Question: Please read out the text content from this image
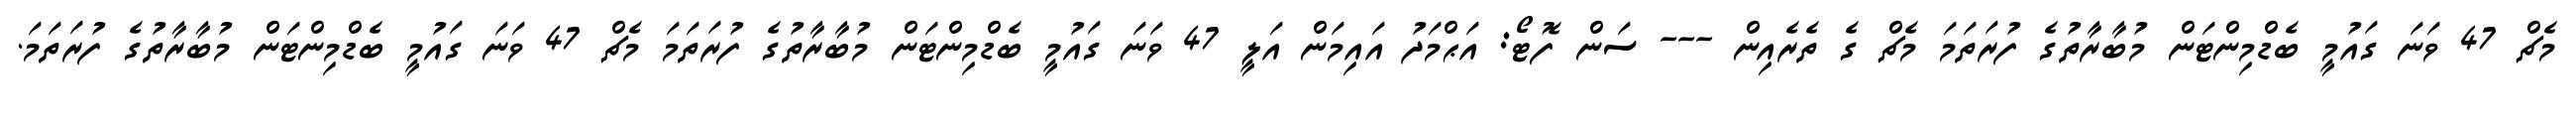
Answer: މެޗް 47 ވަނަ ގައުމީ ބެޑްމިންޓަން މުބާރާތުގެ ފުރަތަމަ މެޗް ގެ ތެރެއިން --- ސަން ފޮޓޯ: އަޙްމަދު އައިމަން އަލީ 47 ވަނަ ގައުމީ ބެޑްމިންޓަން މުބާރާތުގެ ފުރަތަމަ މެޗް 47 ވަނަ ގައުމީ ބެޑްމިންޓަން މުބާރާތުގެ ފުރަތަމަ.